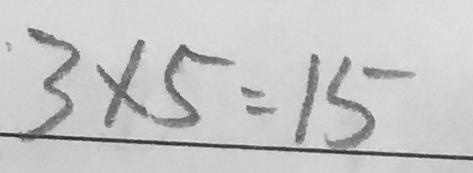
3 \times 5 = 1 5